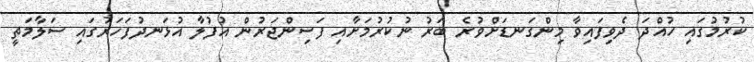
ކުރުމުގައި ހުއްދަ ދެވިފައިވާ މިންގަނޑަށްވުރެ ބަރު ނުކުރުމަށާއި ފަސިންޖަރުން އުފުލާ އުޅަނދުފަހަރުގައި ސަލާމަތީ